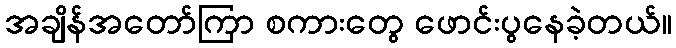
အချိန်အတော်ကြာ စကားတွေ ဖောင်းပွနေခဲ့တယ်။